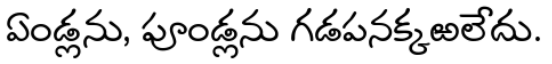
ఏండ్లను, పూండ్లను గడపనక్కఱలేదు.